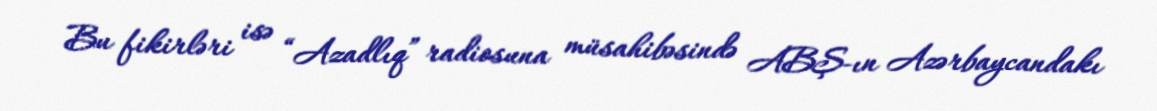
Bu fikirləri isə “Azadlıq” radiosuna müsahibəsində ABŞ-ın Azərbaycandakı